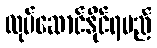
လုပ်ဆောင်နိုင်ရမည်